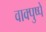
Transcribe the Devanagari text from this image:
वाक्पुष्पें